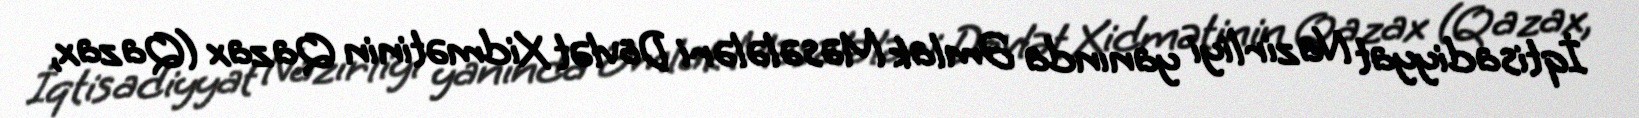
İqtisadiyyat Nazirliyi yanında Əmlak Məsələləri Dövlət Xidmətinin Qazax (Qazax,